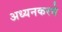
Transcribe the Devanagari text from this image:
अध्यनकरने